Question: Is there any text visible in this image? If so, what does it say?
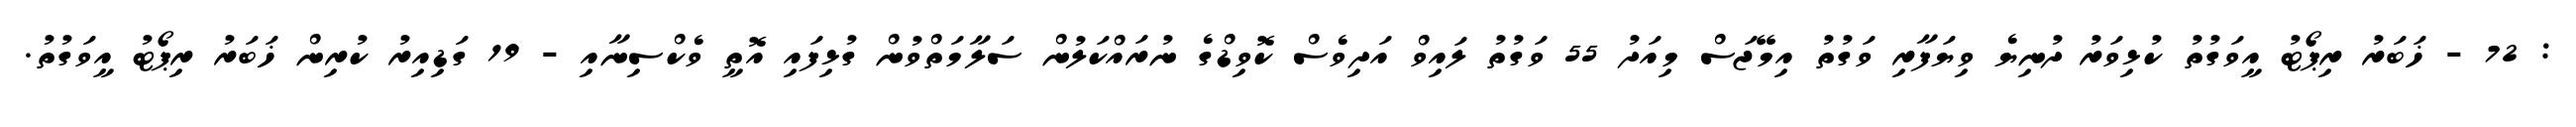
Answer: : 72 - ޚަބަރު ރިޕޯޓު އީވަގުތު ކުޅިވަރު ދުނިޔެ ވިޔަފާރި ވަގުތު އިމޭޖަސް މިއަދު 55 ވަގުތު ލައިވް އަދިވެސް ކޮވިޑްގެ ނުރައްކަލުން ސަލާމަތްވުން ގުޅިފައި އޮތީ ވެކްސިނާއި - 19 ގަޑިއިރު ކުރިން ޚަބަރު ރިޕޯޓު އީވަގުތު.